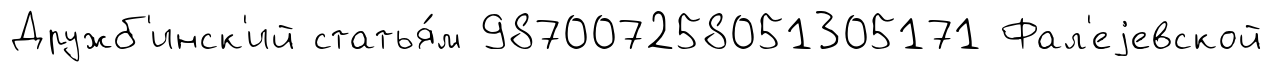
Дружб'инск'ий статья́м 987007258051305171 Фал'еjевской